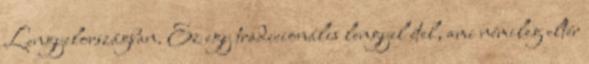
Lengyelországban. Ez egy tradicionális lengyel étel, ami némileg eltér